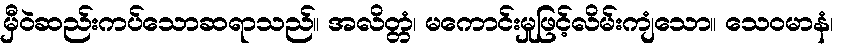
မှီဝဲဆည်းကပ်သောဆရာသည်။ အလိတ္တံ၊ မကောင်းမှုဖြင့်လိမ်းကျံသော။ သေဝမာနံ၊